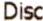
DISC